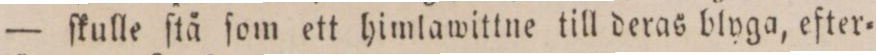
— ſkulle ſtå ſom ett himlawittne till deras blyga, efter=